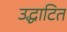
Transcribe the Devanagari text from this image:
उद्धाटित